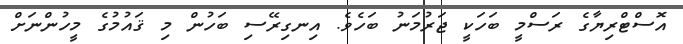
އޮސްޓްރިޔާގެ ރަސްމީ ބަހަކީ ޖަރުމަނު ބަހެވެ. އިނގިރޭސި ބަހުން މި ޤައުމުގެ މީހުންނަށް